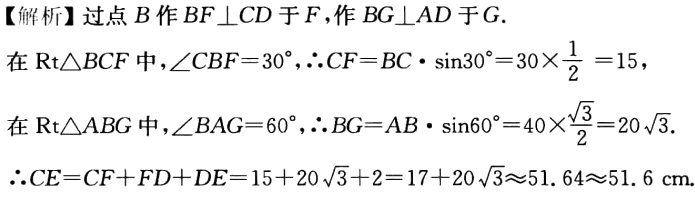
【解析】过点\(B\)作\(BF\perp CD\)于\(F\)，作\(BG\perp AD\)于\(G\).

在\(Rt\triangle BCF\)中，\(\angle CBF = 30^{\circ}\)，\(\therefore CF=BC\cdot\sin30^{\circ}=30\times\frac{1}{2}=15\)，

在\(Rt\triangle ABG\)中，\(\angle BAG = 60^{\circ}\)，\(\therefore BG = AB\cdot\sin60^{\circ}=40\times\frac{\sqrt{3}}{2}=20\sqrt{3}\).

\(\therefore CE=CF + FD+DE = 15 + 20\sqrt{3}+2=17 + 20\sqrt{3}\approx51.64\approx51.6\mathrm{cm}\).